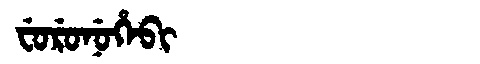
Manchu: ᠸᡠᡵᡠᠨᡠᡥᡝᠪᡳ
Romanization: FURUNUHEBI